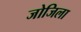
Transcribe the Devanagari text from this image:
जोजिला